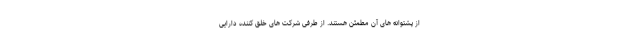
از پشتوانه های آن مطمئن هستند. از طرفی شرکت های خلق کننده دارایی